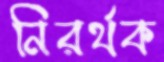
নিরর্থক